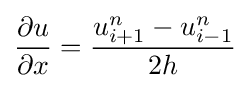
{\partial u \over \partial x}={u_{i+1}^{n}-u_{i-1}^{n} \over 2h}